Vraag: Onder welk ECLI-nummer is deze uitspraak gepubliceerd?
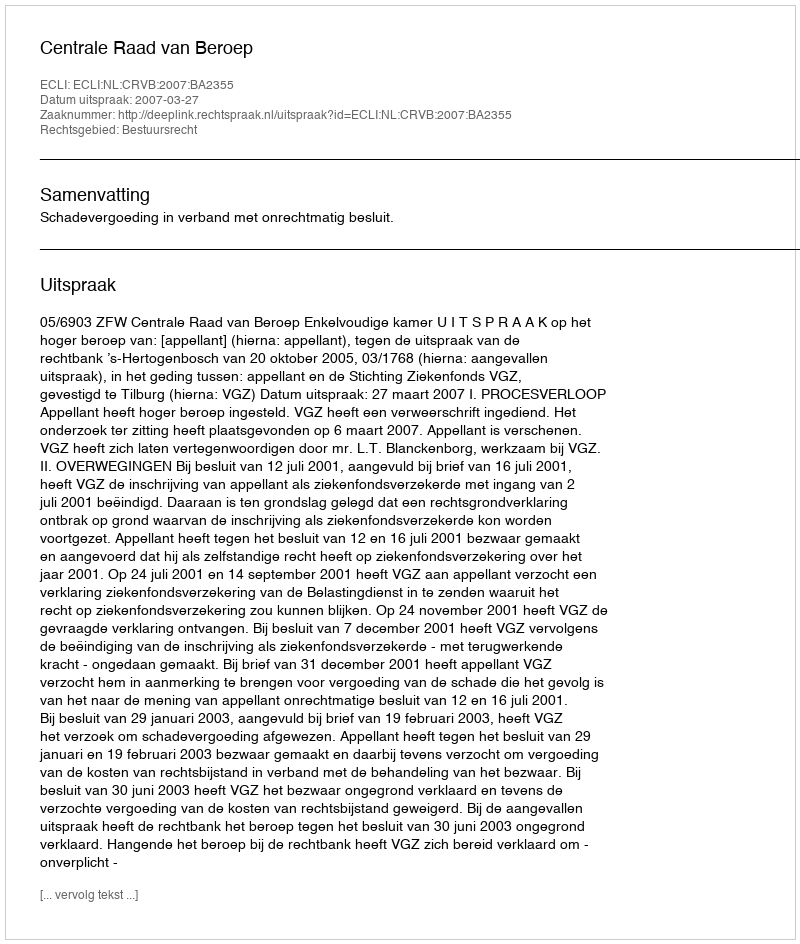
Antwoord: ECLI:NL:CRVB:2007:BA2355